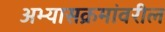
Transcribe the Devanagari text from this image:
अभ्यासक्रमांवरील